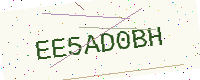
Text: EE5AD0BH